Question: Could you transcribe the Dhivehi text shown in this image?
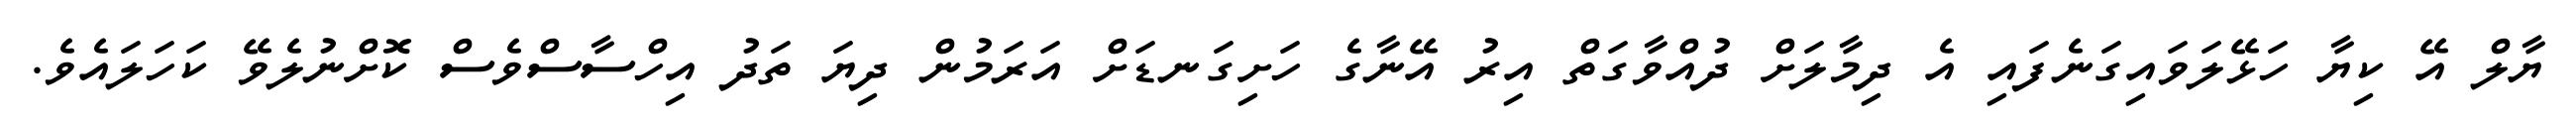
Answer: ޔާލް އޭ ކިޔާ ހަޅޭލަވައިގަނެފައި އެ ދިމާލަށް ދުއްވާގަތް އިރު އޭނާގެ ހަށިގަނޑަށް އަރަމުން ދިޔަ ތަދު އިހްސާސްވެސް ކޮށްނުލެވޭ ކަހަލައެވެ.